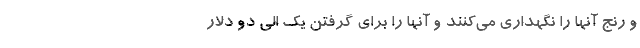
و رنج آنها را نگهداری می‌کنند و آنها را برای گرفتن یک الی دو دلار